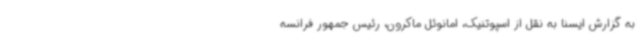
به گزارش ایسنا به نقل از اسپوتنیک، امانوئل ماکرون، رئیس جمهور فرانسه